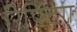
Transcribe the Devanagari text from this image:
रिफ्टिंग